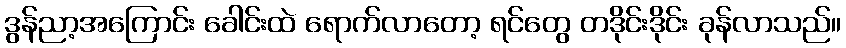
ဒွန်ညာ့အကြောင်း ခေါင်းထဲ ရောက်လာတော့ ရင်တွေ တဒိုင်းဒိုင်း ခုန်လာသည်။